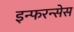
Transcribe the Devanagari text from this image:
इन्फरन्सेस